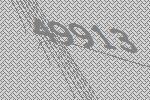
49913